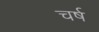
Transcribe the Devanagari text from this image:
चर्ष